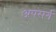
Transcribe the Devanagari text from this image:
अपसर्ग